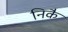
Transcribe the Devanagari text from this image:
निकै